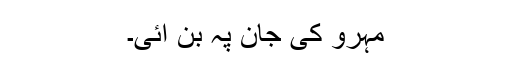
مہرو کی جان پہ بن آئی۔